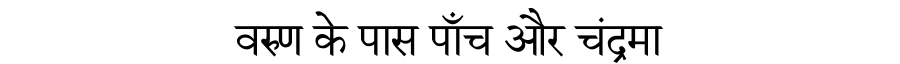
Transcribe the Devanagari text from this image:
वरुण के पास पाँच और चंद्रमा